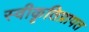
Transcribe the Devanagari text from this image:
स्वीकृतिप्रापत